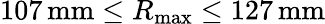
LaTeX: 107\, \mathrm{mm}\leq R_{\mathrm{max}}\leq 127\, \mathrm{mm}